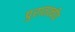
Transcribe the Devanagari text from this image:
पुरातात्वीय